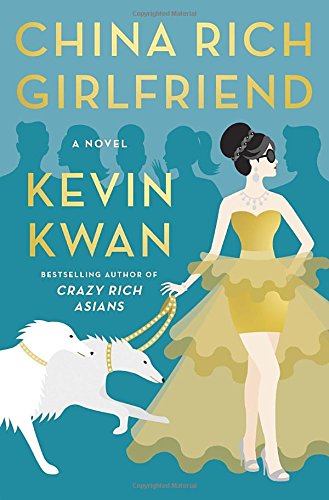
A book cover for China Rich Girlfriend: A Novel; Kevin Kwan; Literature & Fiction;